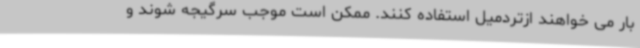
بار می خواهند ازتردمیل استفاده کنند. ممکن است موجب سرگیجه شوند و